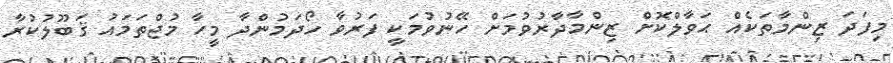
މިފަދަ ޒިންމާތަކެއް ޙަވާލްކޮށް ޒިންމާދާރުވުމަށް ހޭނުވުމަކީ ފަރުވާ ހޯދަމުންދާ މީހާ މުޖްތަމައު ޤަބޫލުކުރާ